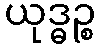
ယုဒ္ဓဉ္စ